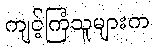
ကျင့်ကြံသူများက